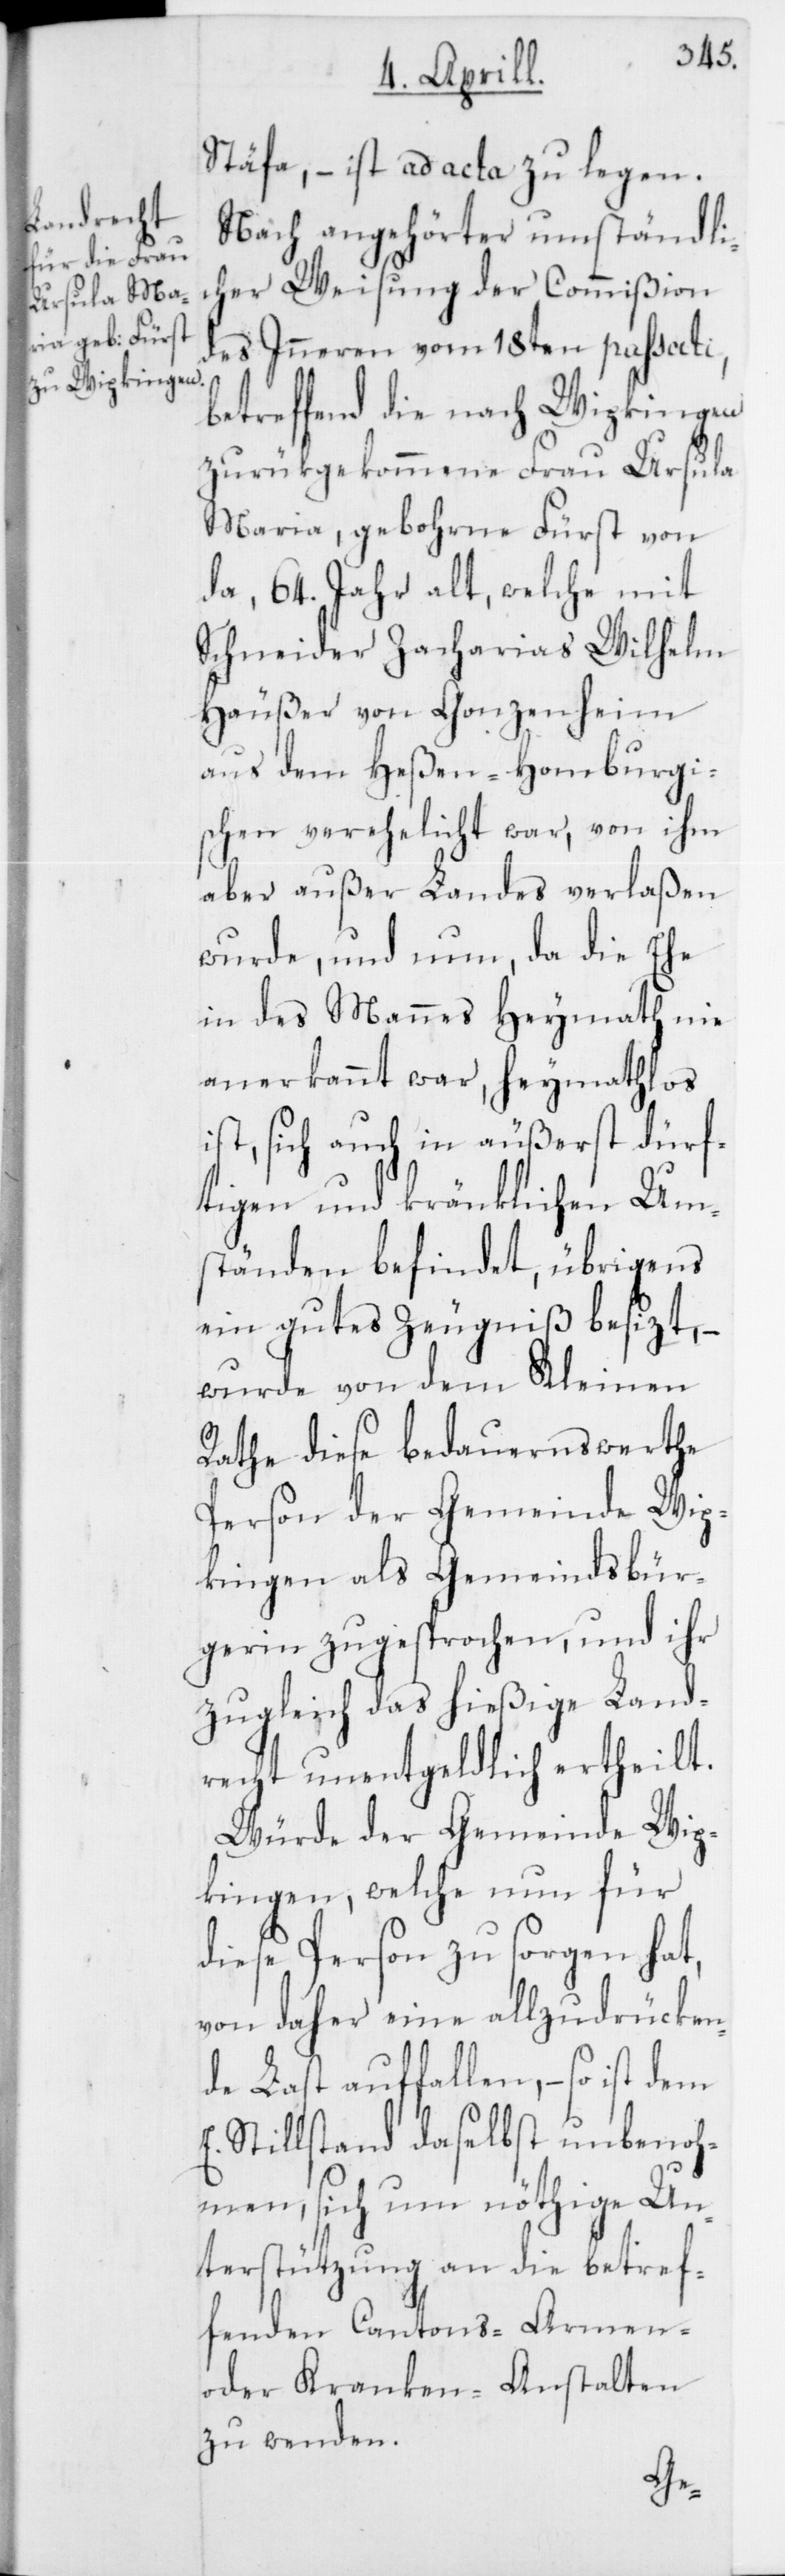
Stäfa, – ist ad acta zu legen.
Nach angehörter umständli¬
cher Weisung der Commißion
des Inneren vom 18ten passati,
betreffend die nach Wipkingen
zurükgekommene Frau Ursula
Maria, gebohrne Fürst von
da, 64. Jahr alt, welche mit
Schneider Zacharias Wilhelm
Häußer von Gonzenheim
aus dem Heßen-Homburgi¬
schen verehelicht war, von ihm
aber außer Landes verlaßen
wurde, und nun, da die Ehe
in des Mannes Heymath nie
anerkannt war, heymathlos
ist, sich auch in äußerst dürf¬
tigen und kränklichen Um¬
ständen befindet, übrigens
ein gutes Zeugniß besizt, –
wurde von dem Kleinen
Rathe diese bedauernswerte
Person der Gemeinde Wip¬
kingen als Gemeindsbür¬
gerin zugesprochen, und ihr
zugleich das hießige Land¬
recht unentgeldlich ertheilt.
Würde der Gemeinde Wip¬
kingen, welche nun für
diese Person zu sorgen hat,
von daher eine allzudrücken¬
de Last auffallen, – so ist dem
E. Stillstand daselbst unbenoh¬
men, sich um nöthige Un¬
terstützung an die betref¬
fenden Cantons-Armen-
oder Kranken-Anstalten
zu wenden.